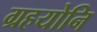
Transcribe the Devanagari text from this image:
ग्रहयोनि